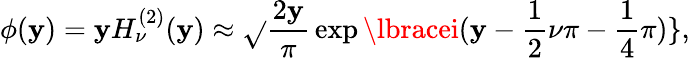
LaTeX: \phi(\mathbf{y})=\mathbf{y}H_{\nu}^{(2)}(\mathbf{y})\approx\sqrt{}{{\frac{{2\mathbf{y}}}{{\pi}}}}\exp\lbracei(\mathbf{y}-\frac{{1}}{{2}}\nu\pi-\frac{{1}}{{4}}\pi)\rbrace,